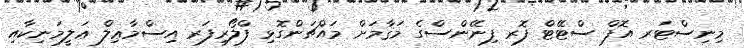
މިނިސްޓަރ އޮފް ސްޓޭޓް ފޮރ ފިނޭންސްގެ މަޤާމަށް މައްޗަންގޮޅި ފްލޯރިފަރ އިސްމާޢިލް ޢަލީމަނިކާއި